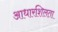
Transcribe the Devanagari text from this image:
आधारशिलता